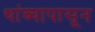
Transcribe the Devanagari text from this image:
थांब्यापासून